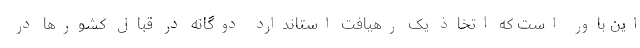
این باور است که اتخاذ یک رهیافت استاندارد دوگانه در قبال کشورها در